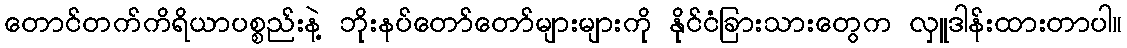
တောင်တက်ကိရိယာပစ္စည်းနဲ့ ဘိုးနပ်တော်တော်များများကို နိုင်ငံခြားသားတွေက လှူဒါန်းထားတာပါ။